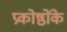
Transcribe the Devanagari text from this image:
प्रकोष्ठोंके